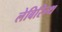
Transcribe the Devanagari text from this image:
लेबिरिन्थ